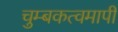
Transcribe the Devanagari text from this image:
चुम्बकत्वमापी